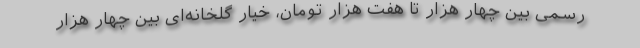
رسمی بین چهار هزار تا هفت هزار تومان، خیار گلخانه‌ای بین چهار هزار